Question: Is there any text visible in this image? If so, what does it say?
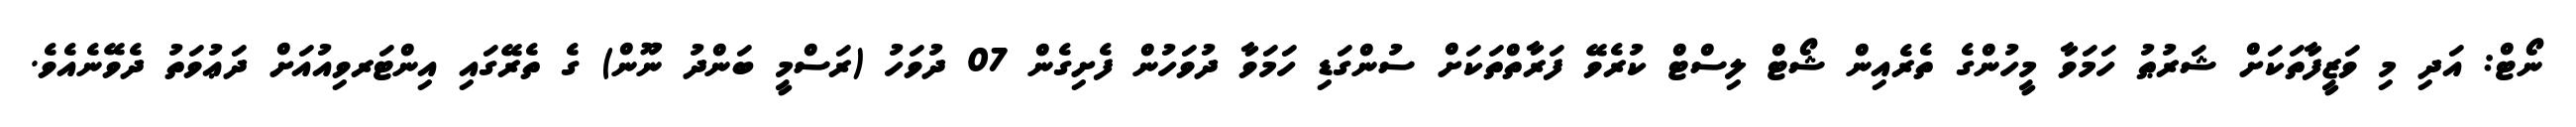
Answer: ނޯޓް: އަދި މި ވަޒީފާތަކަށް ޝަރުޠު ހަމަވާ މީހުންގެ ތެރެއިން ޝޯޓް ލިސްޓް ކުރެވޭ ފަރާތްތަކަށް ސުންގަޑި ހަމަވާ ދުވަހުން ފެށިގެން 07 ދުވަހު (ރަސްމީ ބަންދު ނޫން) ގެ ތެރޭގައި އިންޓަރވިއުއަށް ދަޢުވަތު ދެވޭނެއެވެ.